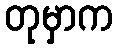
တုမှာက